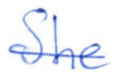
Text: She
Cross-out: single-line
Writing tool: ballpoint